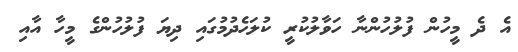
އެ ދެ މީހުން ފުލުހުންނާ ހަވާލުކުރީ ކުލަހެދުމުގައި ދިޔަ ފުލުހުންގެ މީހާ އާއި